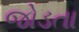
જોડતા